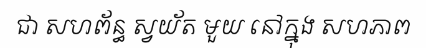
ជា សហព័ន្ធ ស្វយ័ត មួយ នៅក្នុង សហភាព